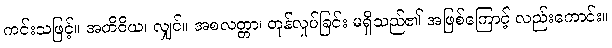
ကင်းသဖြင့်။ အတိဝိယ၊ လျှင်။ အစလတ္တာ၊ တုန်လှုပ်ခြင်း မရှိသည်၏ အဖြစ်ကြောင့် လည်းကောင်း။